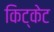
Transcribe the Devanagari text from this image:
किट्केट